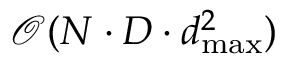
\mathcal { O } ( N \cdot D \cdot d _ { \mathrm { m a x } } ^ { 2 } )